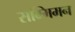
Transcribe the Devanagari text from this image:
सम्मिमन